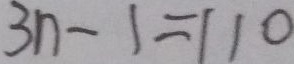
3 n - 1 = 1 1 0